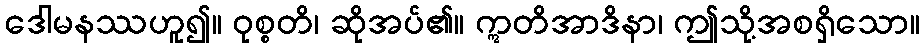
ဒေါမနဿဟူ၍။ ဝုစ္စတိ၊ ဆိုအပ်၏။ ဣတိအာဒိနာ၊ ဤသို့အစရှိသော။